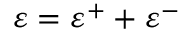
\varepsilon = \varepsilon ^ { + } + \varepsilon ^ { - }